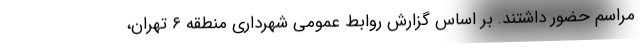
مراسم حضور داشتند. بر اساس گزارش روابط عمومی شهرداری منطقه ۶ تهران،